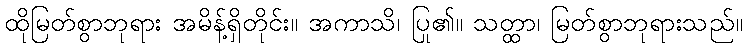
ထိုမြတ်စွာဘုရား အမိန့်ရှိတိုင်း။ အကာသိ၊ ပြု၏။ သတ္ထာ၊ မြတ်စွာဘုရားသည်။